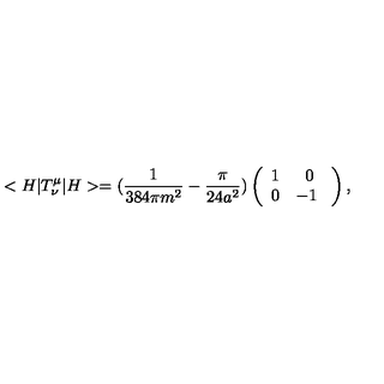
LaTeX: < H | T _ { \nu } ^ { \mu } | H > = ( \frac { 1 } { 3 8 4 \pi m ^ { 2 } } - \frac { \pi } { 2 4 a ^ { 2 } } ) \left( \begin{array} { c c } { 1 } & { 0 } \\ { 0 } & { - 1 \ } \\ \end{array} \right) ,